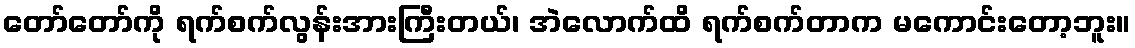
တော်တော်ကို ရက်စက်လွန်းအားကြီးတယ်၊ အဲလောက်ထိ ရက်စက်တာက မကောင်းတော့ဘူး။